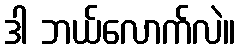
ဒါ ဘယ်လောက်လဲ။